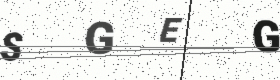
Text: SGEG